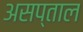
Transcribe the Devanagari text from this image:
असप्ताल